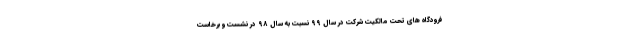
فرودگاه های تحت مالکیت شرکت در سال ۹۹ نسبت به سال ۹۸ در نشست و برخاست